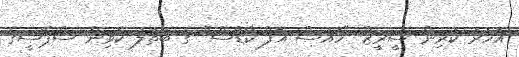
އަހަރު ކުރިން ސީރީޒް "ހައުސް އޮފް ކާޑްސް" ގެ ބަތަލު ކެވިން ސްޕޭސީގެ